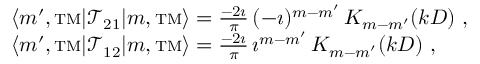
\begin{array} { r l } & { \langle m ^ { \prime } , { \mathrm { \scriptstyle T M } } | { \mathcal { T } } _ { 2 1 } | m , { \mathrm { \scriptstyle T M } } \rangle = \frac { - 2 \imath } { \pi } \, ( - \imath ) ^ { m - m ^ { \prime } } \, K _ { m - m ^ { \prime } } ( k D ) ~ , } \\ & { \langle m ^ { \prime } , { \mathrm { \scriptstyle T M } } | { \mathcal { T } } _ { 1 2 } | m , { \mathrm { \scriptstyle T M } } \rangle = \frac { - 2 \imath } { \pi } \, \imath ^ { m - m ^ { \prime } } \, K _ { m - m ^ { \prime } } ( k D ) ~ , } \end{array}